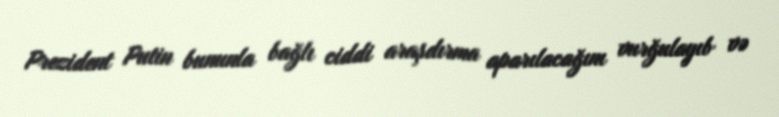
Prezident Putin bununla bağlı ciddi araşdırma aparılacağını vurğulayıb və